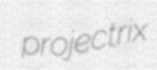
projectrix